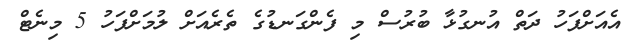
އެއަށްފަހު ދަތް އުނގުޅާ ބުރުސް މި ފެންގަނޑުގެ ތެރެއަށް ލުމަށްފަހު 5 މިނެޓް